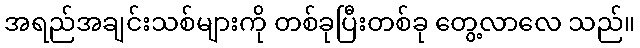
အရည်အချင်းသစ်များကို တစ်ခုပြီးတစ်ခု တွေ့လာလေ သည်။